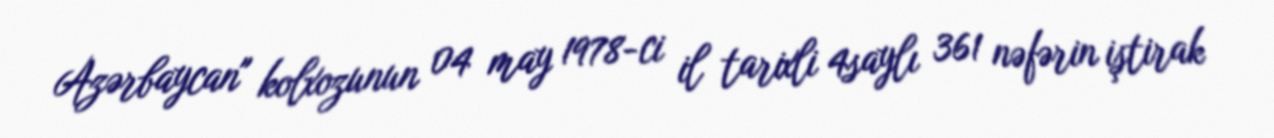
Azərbaycan" kolxozunun 04 may 1978-ci il tarixli 4saylı 361 nəfərin iştirak